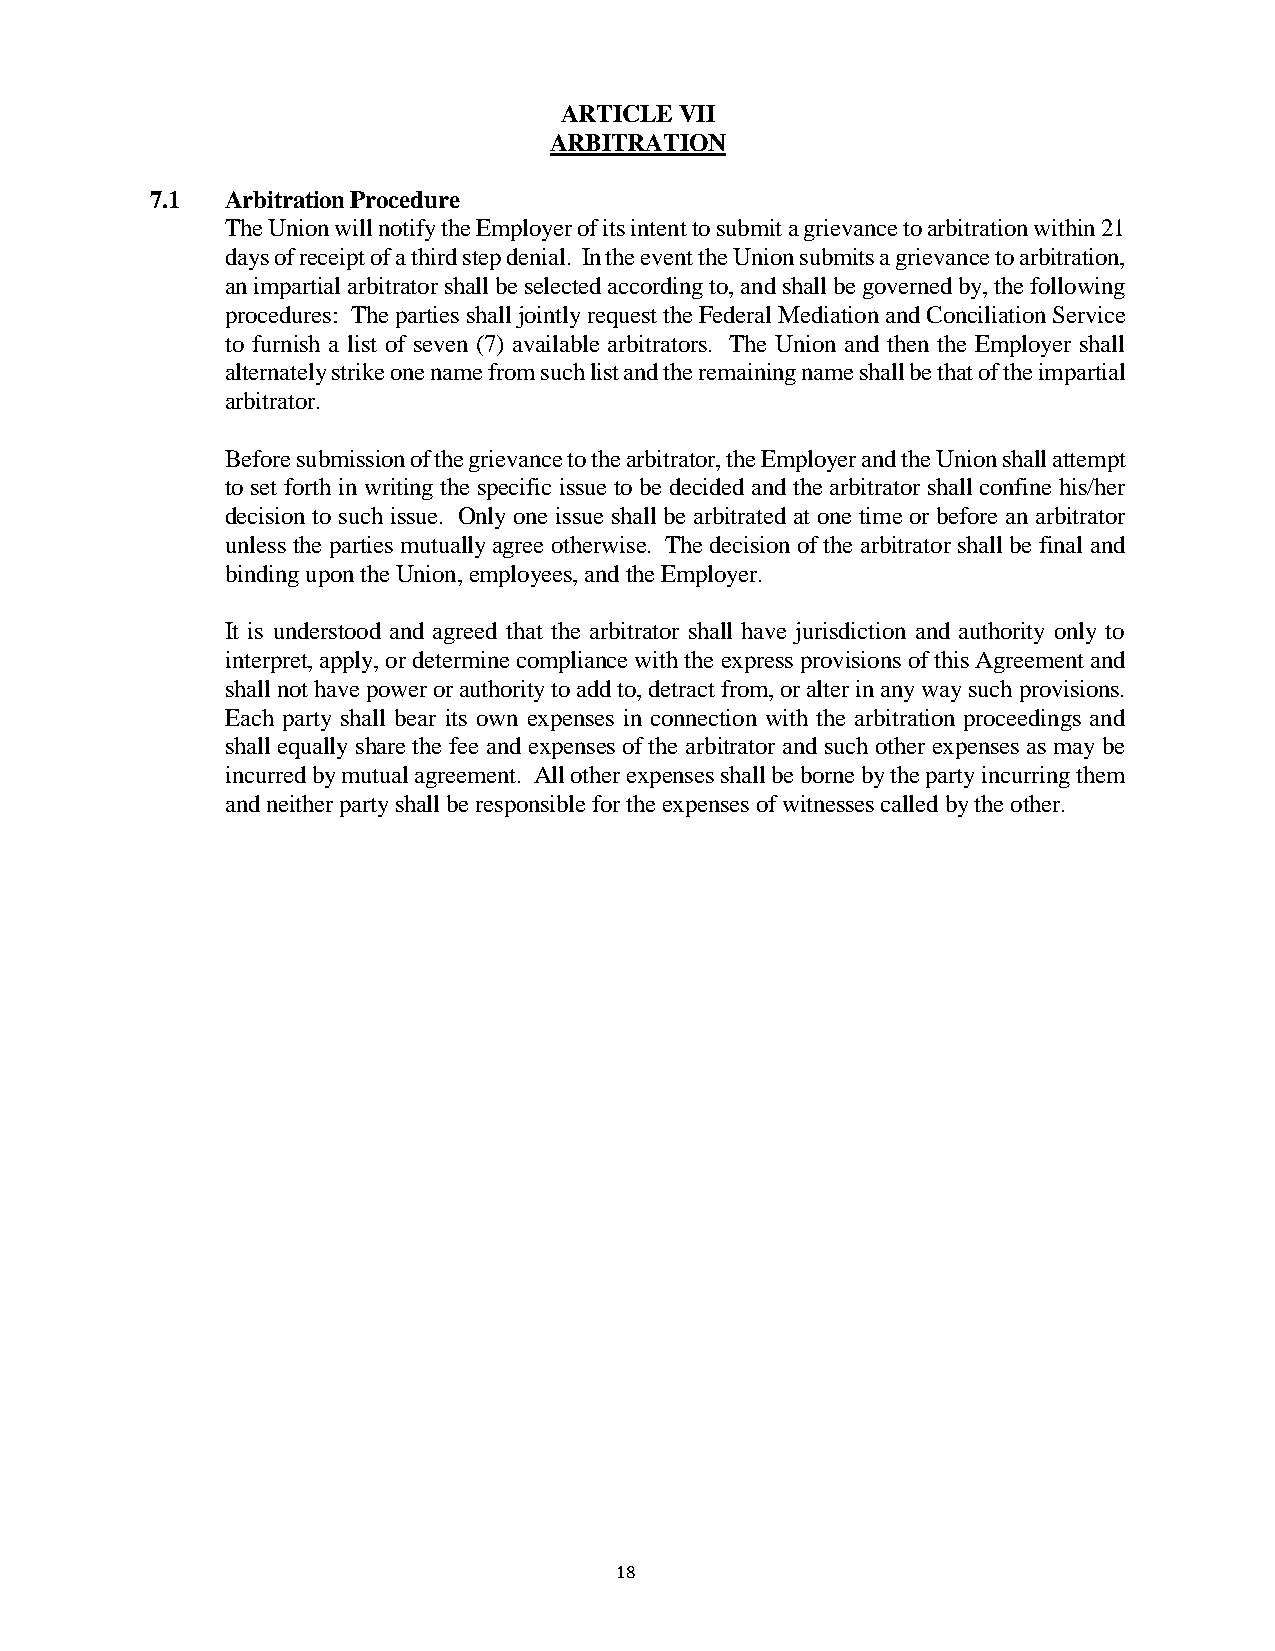
ARTICLE VII
 ARBITRATION
 7.1  Arbitration Procedure
 The Union will notify the Employer of its intent to submit a grievance to arbitration within 21
 days of receipt of a third step denial. In the event the Union submits a grievance to arbitration,
 an impartial arbitrator shall be selected according to, and shall be governed by, the following
 procedures: The parties shall jointly request the Federal Mediation and Conciliation Service
 to furnish a list of seven (7) available arbitrators. The Union and then the Employer shall
 alternately strike one name from such list and the remaining name shall be that of the impartial
 arbitrator.
 Before submission of the grievance to the arbitrator, the Employer and the Union shall attempt
 to set forth in writing the specific issue to be decided and the arbitrator shall confine his/her
 decision to such issue. Only one issue shall be arbitrated at one time or before an arbitrator
 unless the parties mutually agree otherwise. The decision of the arbitrator shall be final and
 binding upon the Union, employees, and the Employer.
 It is understood and agreed that the arbitrator shall have jurisdiction and authority only to
 interpret, apply, or determine compliance with the express provisions of this Agreement and
 shall not have power or authority to add to, detract from, or alter in any way such provisions.
 Each party shall bear its own expenses in connection with the arbitration proceedings and
 shall equally share the fee and expenses of the arbitrator and such other expenses as may be
 incurred by mutual agreement. All other expenses shall be borne by the party incurring them
 and neither party shall be responsible for the expenses of witnesses called by the other.
 18